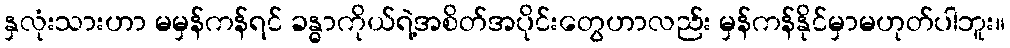
နှလုံးသားဟာ မမှန်ကန်ရင် ခန္ဓာကိုယ်ရဲ့အစိတ်အပိုင်းတွေဟာလည်း မှန်ကန်နိုင်မှာမဟုတ်ပါဘူး။